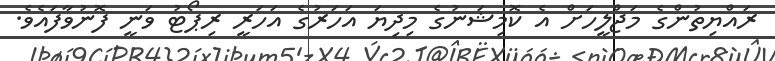
ރައްޔިތުންގެ މަޖްލީހަށް އެ ކޮމިޝަނުގެ މިދިޔަ އަހަރުގެ އަހަރީ ރިޕޯޓު ވަނީ ފޮނުވާފައެވެ.